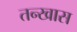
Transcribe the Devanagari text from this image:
तन्खास